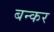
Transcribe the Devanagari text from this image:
बन्कर